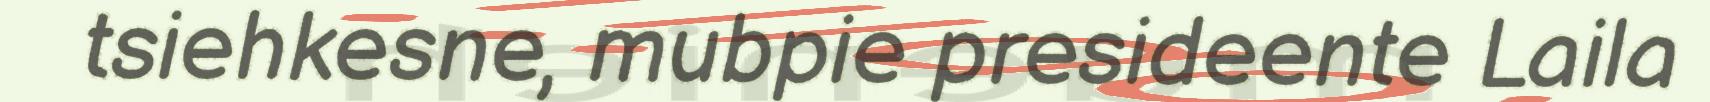
tsiehkesne, mubpie presideente Laila